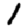
Digit: 1